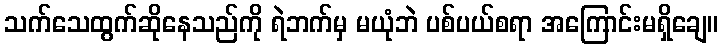
သက်သေထွက်ဆိုနေသည်ကို ရဲဘက်မှ မယုံဘဲ ပစ်ပယ်စရာ အကြောင်းမရှိချေ။